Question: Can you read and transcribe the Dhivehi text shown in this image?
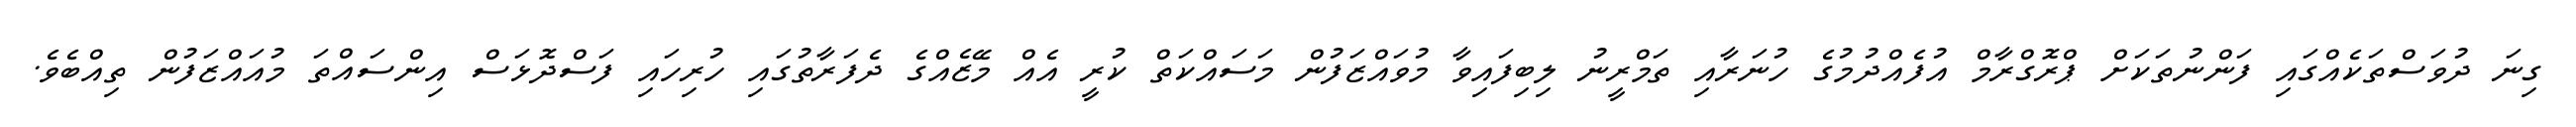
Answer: ގިނަ ދުވަސްތަކެއްގައި ފަންނުތަކަށް ޕްރޮގްރާމް އުފެއްދުމުގެ ހުނަރާއި ތަމްރީނު ލިބިފައިވާ މުވައްޒަފުން މަސައްކަތް ކުރީ އެއް މޭޒެއްގެ ދެފަރާތުގައި ހުރިހައި ފަސްދޮޅަސް އިންސައްތަ މުއައްޒަފުން ތިއްބެވެ.